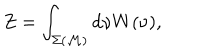
LaTeX: Z = \int _ { \Sigma ( { \cal M } ) } \mathrm { d } \nu W ( \nu ) ,